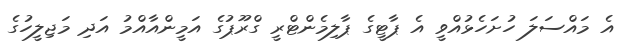
އެ މައްސަލަ ހުށަހެޅުއްވީ އެ ޕާޓީގެ ޕާލިމެންޓްރީ ގްރޫޕުގެ އަމީންއާއްމު އަދި މަޖިލީހުގެ